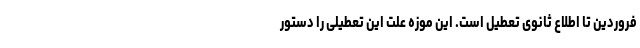
فروردین تا اطلاع ثانوی تعطیل است. این موزه علت این تعطیلی را دستور